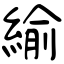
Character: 緰